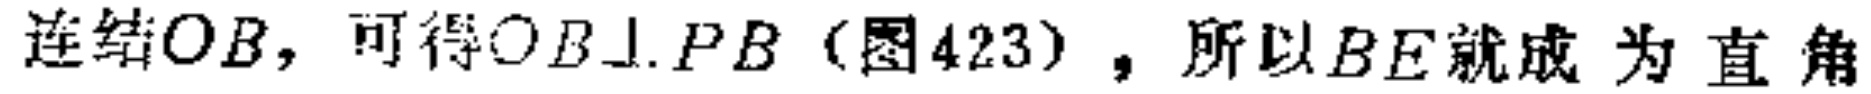
连结$OB$，可得$OB\perp PB$（图423），所以$BE$就成为直角